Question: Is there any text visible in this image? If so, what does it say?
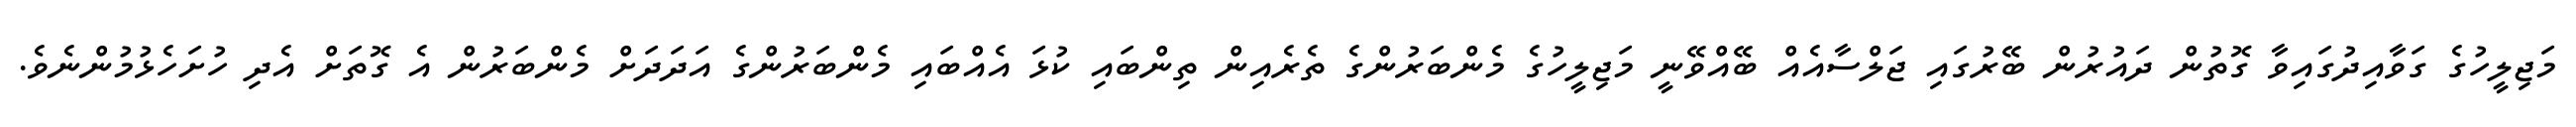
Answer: މަޖިލީހުގެ ގަވާއިދުގައިވާ ގޮތުން ދައުރުން ބޭރުގައި ޖަލްސާއެއް ބޭއްވޭނީ މަޖިލީހުގެ މެންބަރުންގެ ތެރެއިން ތިންބައި ކުޅަ އެއްބައި މެންބަރުންގެ އަދަދަށް މެންބަރުން އެ ގޮތަށް އެދި ހުށަހެޅުމުންނެވެ.